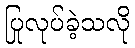
ပြုလုပ်ခဲ့သလို